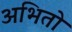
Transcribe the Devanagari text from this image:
अभितो